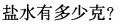
盐水有多少克?